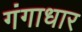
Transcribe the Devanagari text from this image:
गंगाधार